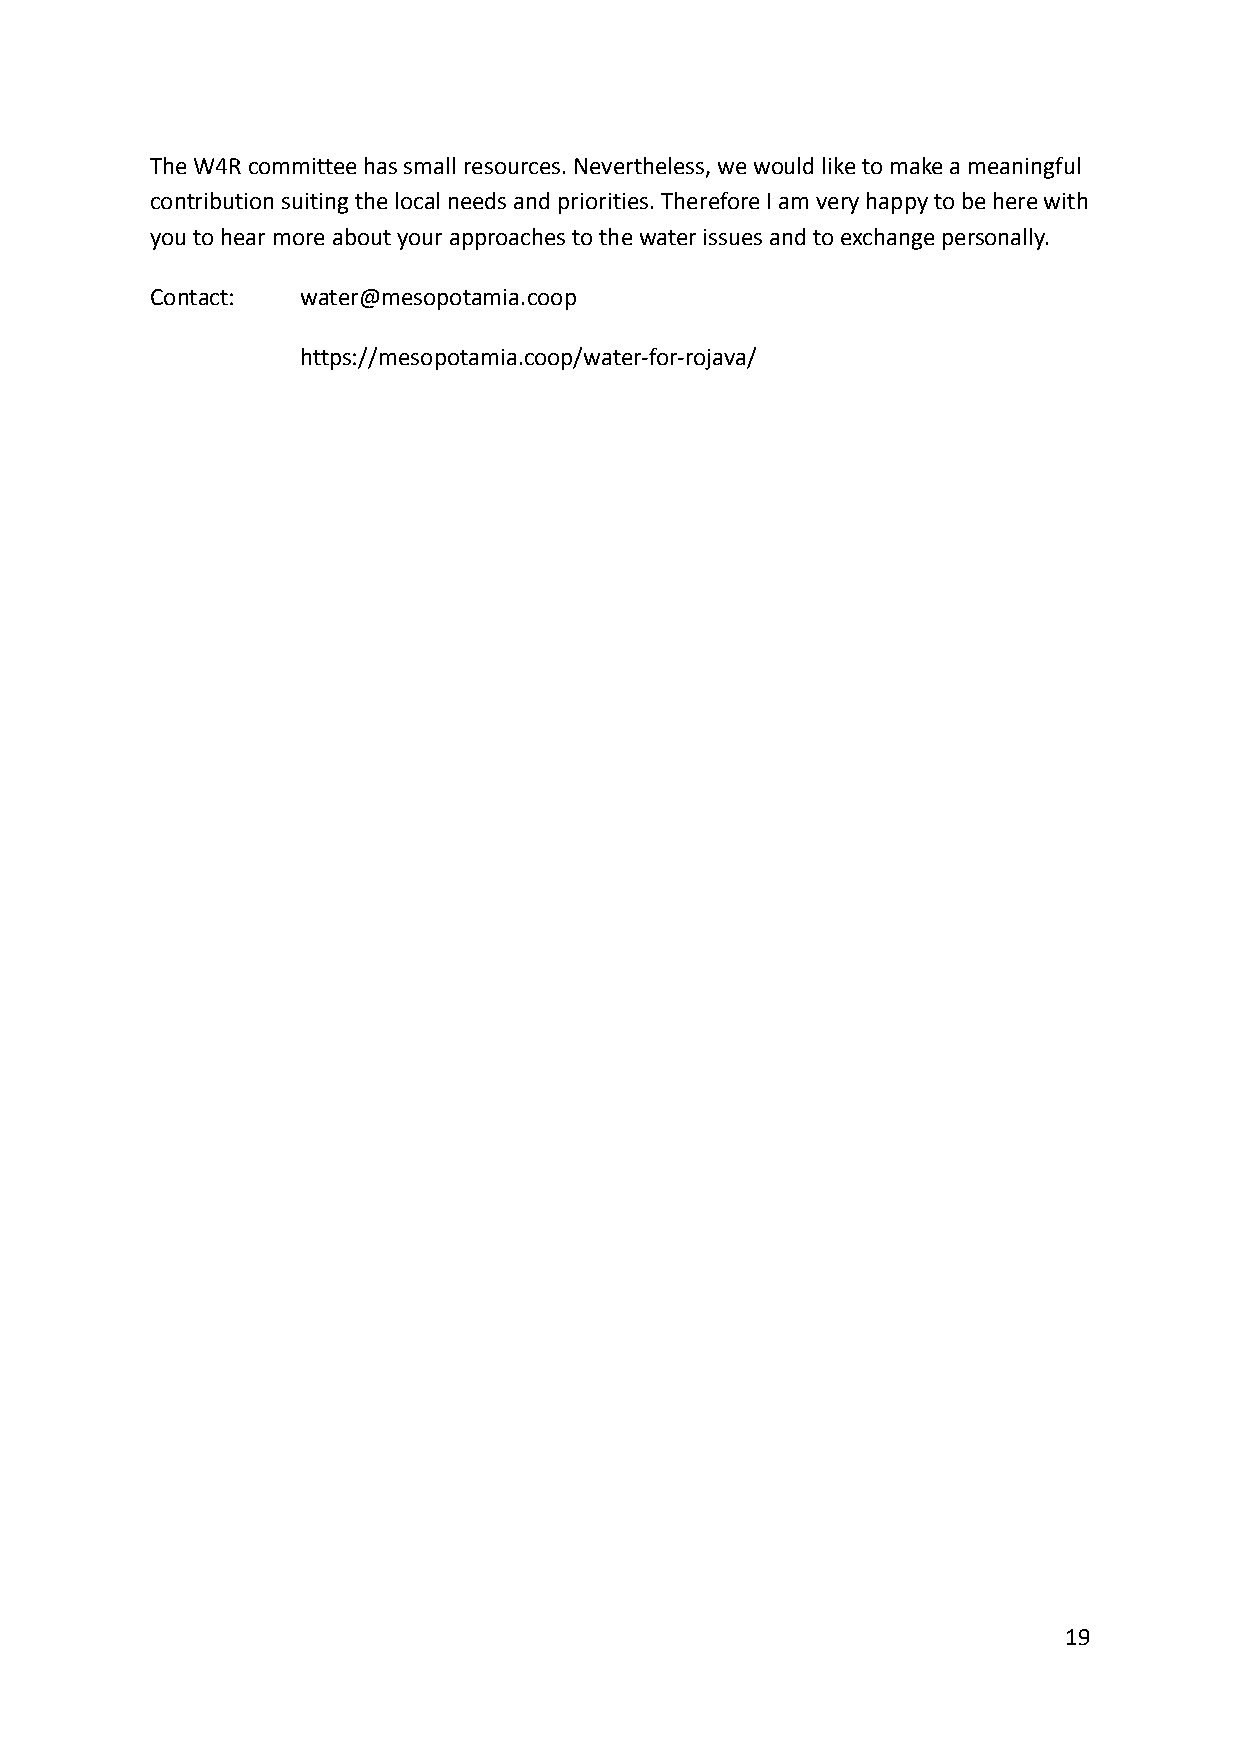
The W4R committee has small resources. Nevertheless, we would like to make a meaningful
 contribution suiting the local needs and priorities. Therefore I am very happy to be here with
 you to hear more about your approaches to the water issues and to exchange personally.
 Contact:  water@mesopotamia.coop
 https://mesopotamia.coop/water-for-rojava/
 19